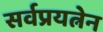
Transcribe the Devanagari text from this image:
सर्वप्रयत्नेन